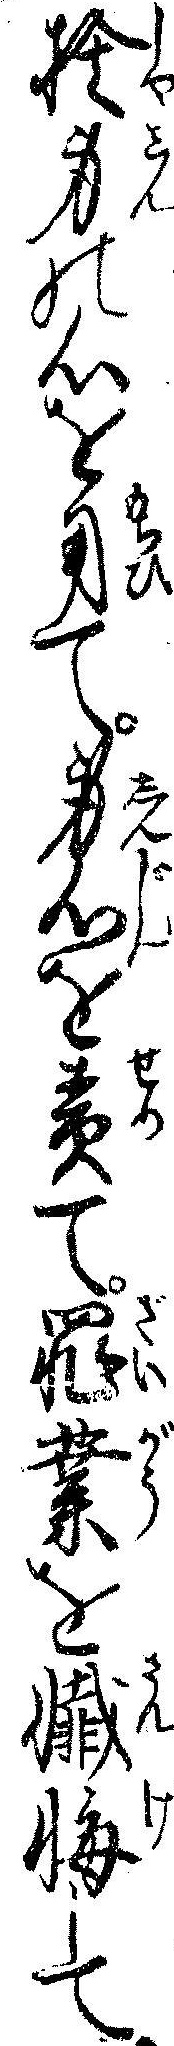
捨身の心を用て身心を責て罪業を懺悔して